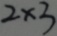
2 \times 3